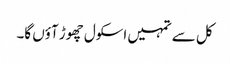
کل سے تمہیں اسکول چھوڑ آؤں گا۔